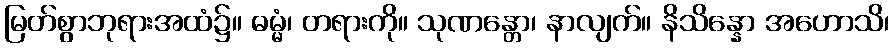
မြတ်စွာဘုရားအထံ၌။ ဓမ္မံ၊ တရားကို။ သုဏန္တော၊ နာလျက်။ နိသိန္နော အဟောသိ၊